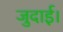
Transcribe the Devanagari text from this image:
जुदाई।